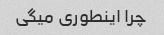
چرا اینطوری میگی